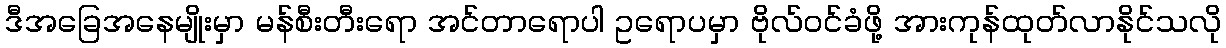
ဒီအခြေအနေမျိုးမှာ မန်စီးတီးရော အင်တာရောပါ ဥရောပမှာ ဗိုလ်ဝင်ခံဖို့ အားကုန်ထုတ်လာနိုင်သလို